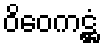
ဝိဝေကဋ္ဌံ